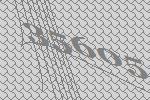
35605